Annual report of the Punjab Veterinary College and of the Civil Veterinary Department, Punjab - 1926-1932
Year: 1926
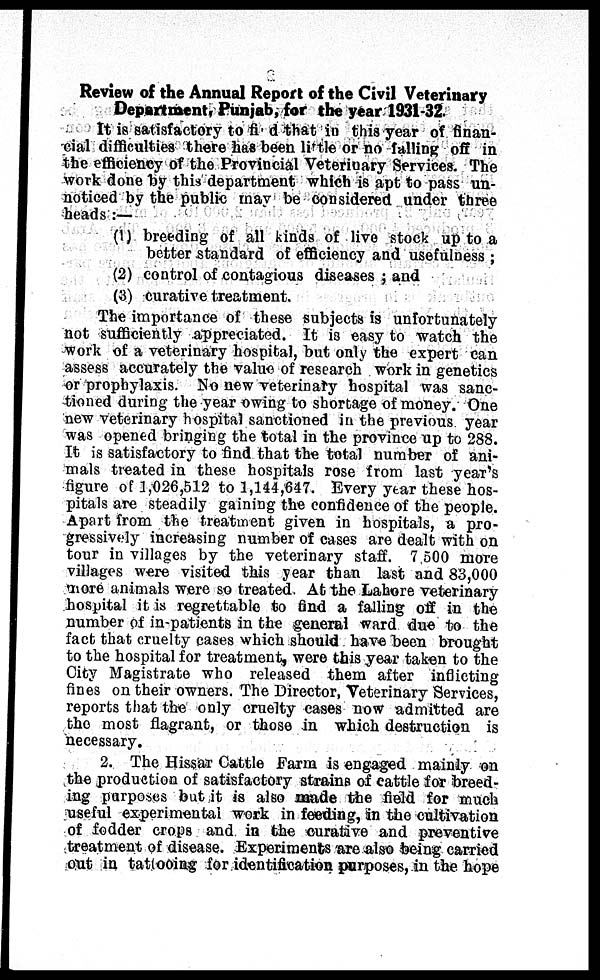
Review of the Annual Report of the Civil Veterinary
Department, Punjab, for the year 1931-32.
It is satisfactory to find that in this year of finan-
cial difficulties there has been little or no falling off in
the efficiency of the Provincial Veterinary Services. The
work done by this department which is apt to pass un-
noticed by the public may be considered under three
heads:—
(1) breeding of all kinds of live stock up to a
better standard of efficiency and usefulness;
(2) control of contagious diseases; and
(3) curative treatment.
The importance of these subjects is unfortunately
not sufficiently appreciated. It is easy to watch the
work of a veterinary hospital, but only the expert can
assess accurately the value of research work in genetics
or prophylaxis. No new veterinary hospital was sanc-
tioned during the year owing to shortage of money. One
new veterinary hospital sanctioned in the previous year
was opened bringing the total in the province up to 288.
It is satisfactory to find that the total number of ani-
mals treated in these hospitals rose from last year's
figure of 1,026,512 to 1,144,647. Every year these hos-
pitals are steadily gaining the confidence of the people.
Apart from the treatment given in hospitals, a pro-
gressively increasing number of cases are dealt with on
tour in villages by the veterinary staff. 7 500 more
villages were visited this year than last and 83,000
more animals were so treated. At the Lahore veterinary
hospital it is regrettable to find a falling off in the
number of in-patients in the general ward due to the
fact that cruelty cases which should have been brought
to the hospital for treatment, were this year taken to the
City Magistrate who released them after inflicting
fines on their owners. The Director, Veterinary Services,
reports that the only cruelty cases now admitted are
the most flagrant, or those in which destruction is
necessary,
2. The Hissar Cattle Farm is engaged mainly on
the production of satisfactory strains of cattle for breed-
ing purposes but it is also made the field for much
useful experimental work in feeding, in the cultivation
of fodder crops and in the curative and preventive
treatment of disease. Experiments are also being carried
out in tattooing for identification purposes, in the hope